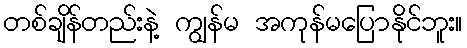
တစ်ချိန်တည်းနဲ့ ကျွန်မ အကုန်မပြောနိုင်ဘူး။